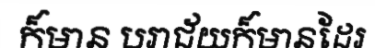
ក៏មាន បរាជ័យក៏មានដែរ